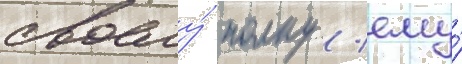
своему́ полку / ему́